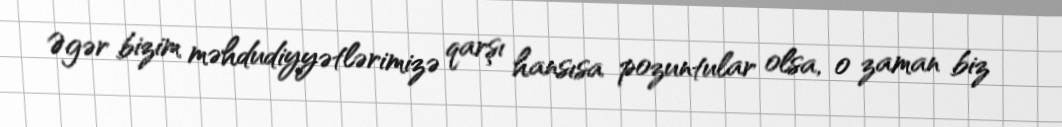
Əgər bizim məhdudiyyətlərimizə qarşı hansısa pozuntular olsa, o zaman biz